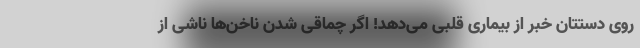
روی دستتان خبر از بیماری قلبی می‌دهد! اگر چماقی شدن ناخن‌ها ناشی از